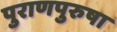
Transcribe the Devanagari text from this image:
पुराणपुरुषा